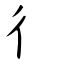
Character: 彳